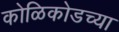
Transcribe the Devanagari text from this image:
कोळिकोडच्या